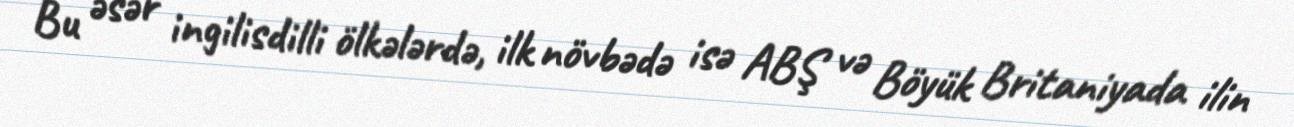
Bu əsər ingilisdilli ölkələrdə, ilk növbədə isə ABŞ və Böyük Britaniyada ilin